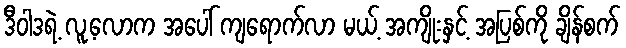
ဒီဝါဒရဲ့ လူ့လောက အပေါ် ကျရောက်လာ မယ့် အကျိုးနှင့် အပြစ်ကို ချိန်စက်